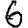
Digit: 6